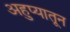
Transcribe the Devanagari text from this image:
अहुप्यातून